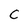
Character: C